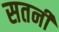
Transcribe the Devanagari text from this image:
सतनी